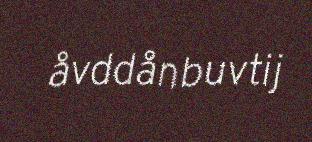
åvddånbuvtij